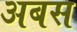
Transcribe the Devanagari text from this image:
अबस